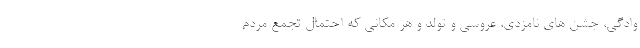
وادگی، جشن های نامزدی، عروسی و تولد و هر مکانی که احتمال تجمع مردم